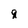
Character: 8